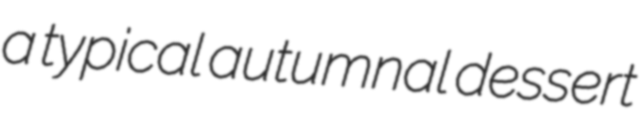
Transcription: a typical autumnal dessert